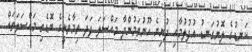
ކަނޑުގެ ލޮނުގަނޑު އުފުލުމާއި ދުނިޔެ ހޫނުވަމުންދާ މައްސަލަ ފަދަ ތިމާވެށީގެ ބޮޑެތި މައްސަލަތައް